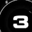
Digit: 3